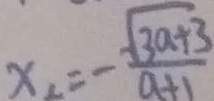
x _ { 2 } = - \frac { \sqrt { 3 a + 3 } } { a + 1 }